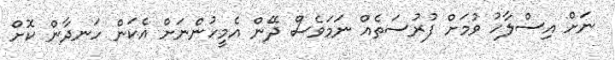
ނަށް އިސްލާހު ވުމަށް ފުރުސަތެއް ނަމަވެސް ދޭން އެމީހުންނަށް އެކަން ހަނދާން ކޮށް